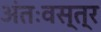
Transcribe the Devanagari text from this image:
अंतःवस्त्र